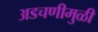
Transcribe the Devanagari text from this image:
अडचणीमुळी